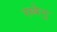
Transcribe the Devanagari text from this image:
रब्बेनु